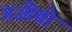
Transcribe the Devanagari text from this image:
गजीबो